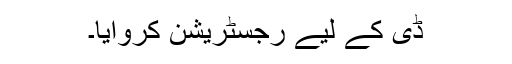
ڈی کے لیے رجسٹریشن کروایا۔